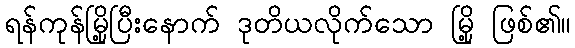
ရန်ကုန်မြို့ပြီးနောက် ဒုတိယလိုက်သော မြို့ ဖြစ်၏။